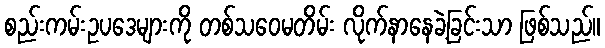
စည်းကမ်းဥပဒေများကို တစ်သဝေမတိမ်း လိုက်နာနေခဲ့ခြင်းသာ ဖြစ်သည်။